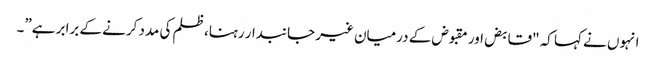
انہوں نے کہا کہ "قابض اور مقبوض کے درمیان غیر جانبدار رہنا، ظلم کی مدد کرنے کے برابر ہے”۔